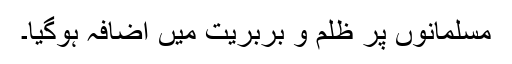
مسلمانوں پر ظلم و بربریت میں اضافہ ہوگیا۔